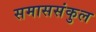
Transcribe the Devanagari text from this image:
समाससंकुल